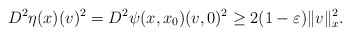
\begin{align*}D^{2}\eta(x)(v)^{2}=D^{2}\psi(x,x_0)(v,0)^{2}\geq 2(1-\varepsilon)\|v\|_{x}^{2}.\end{align*}